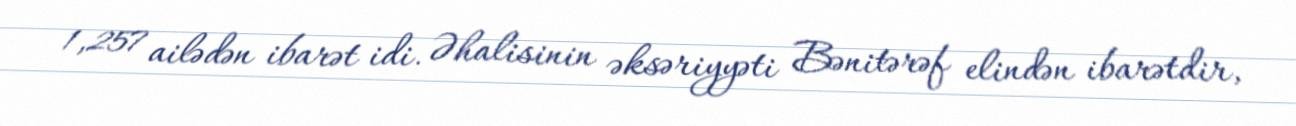
1,257 ailədən ibarət idi. Əhalisinin əksəriyyəti Bənitərəf elindən ibarətdir,